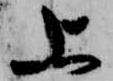
上